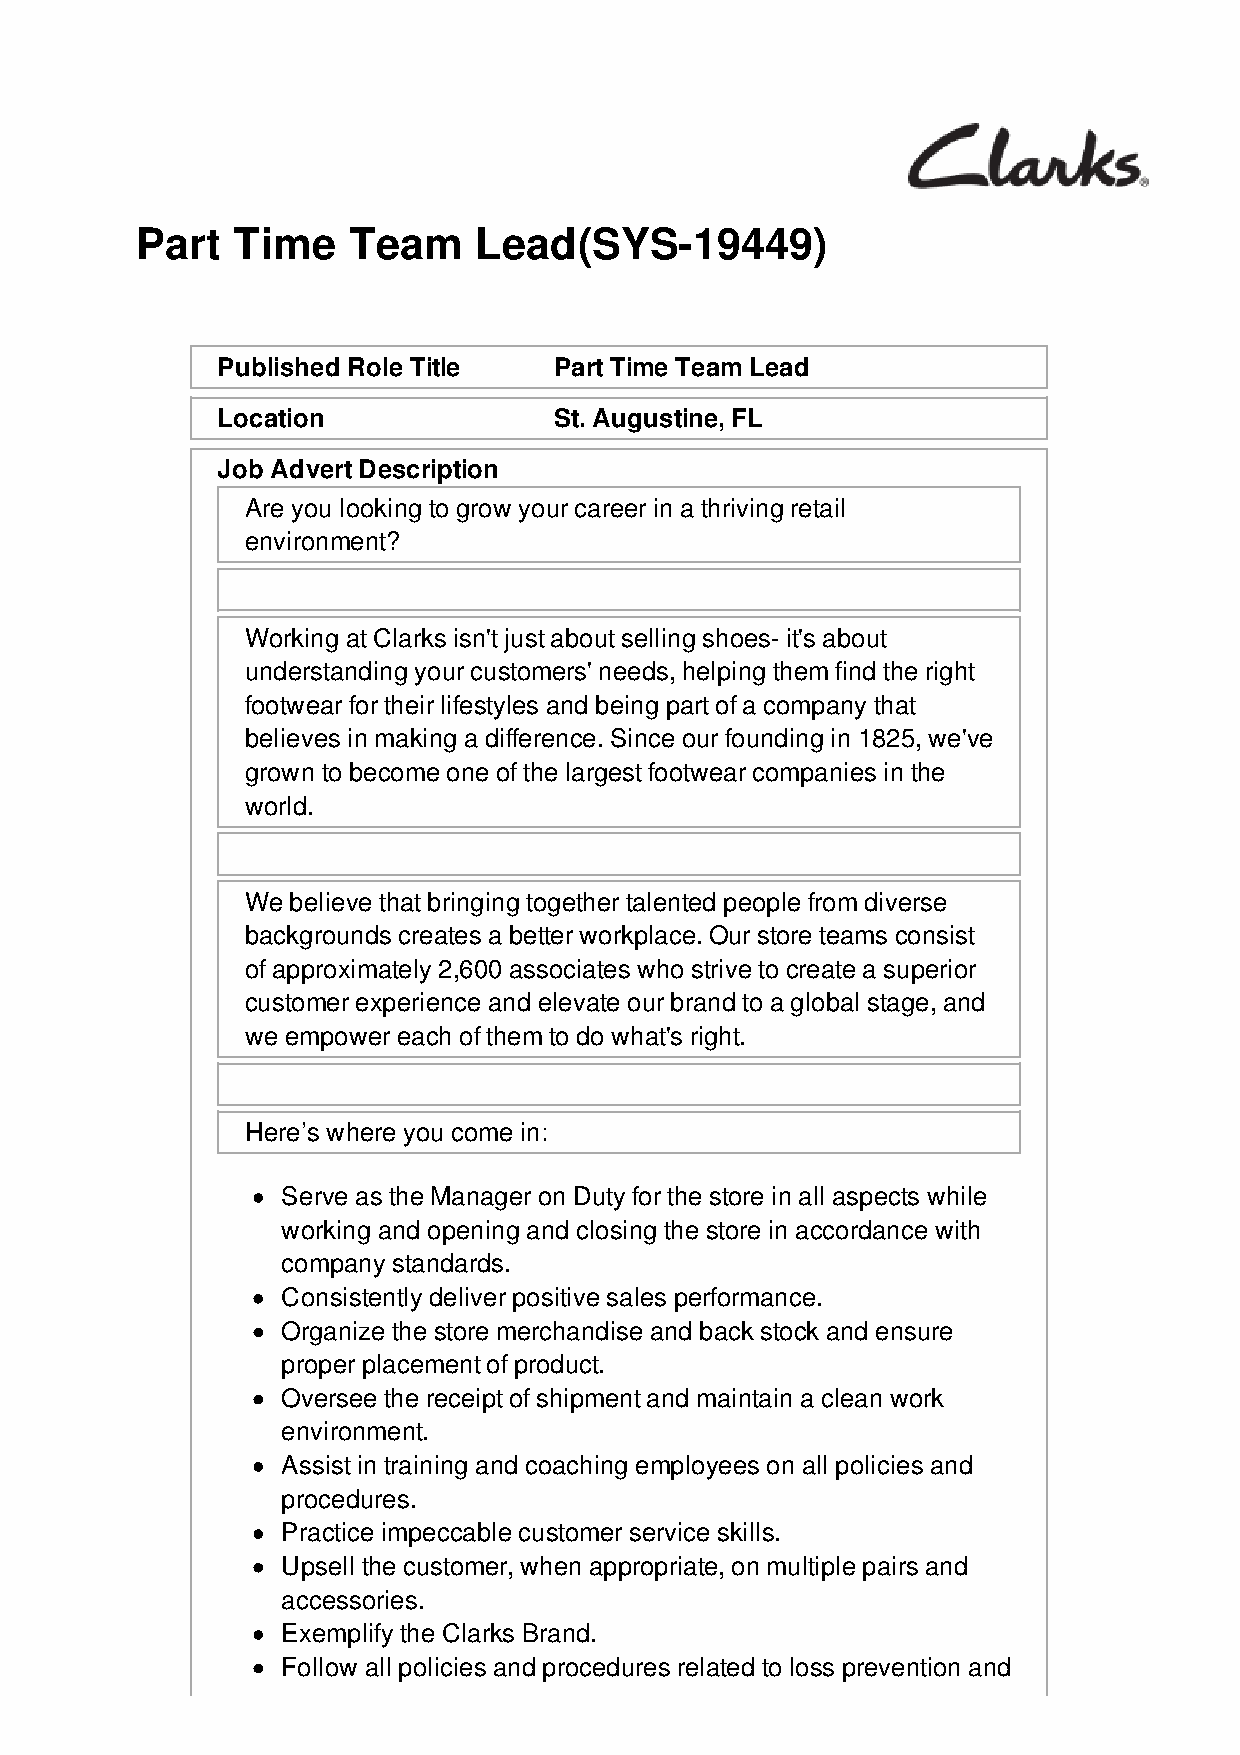
Part  Time    Team    Lead(SYS-19449)
 Published Role Title   Part Time Team Lead
 Location               St. Augustine, FL
 Job Advert Description
 Are you looking to grow your career in a thriving retail
 environment?
 Working at Clarks isn't just about selling shoes- it's about
 understanding your customers' needs, helping them find the right
 footwear for their lifestyles and being part of a company that
 believes in making a difference. Since our founding in 1825, we've
 grown to become one of the largest footwear companies in the
 world.
 We believe that bringing together talented people from diverse
 backgrounds creates a better workplace. Our store teams consist
 of approximately 2,600 associates who strive to create a superior
 customer experience and elevate our brand to a global stage, and
 we empower each of them to do what's right.
 Here’s where you come in:
 Serve as the Manager on Duty for the store in all aspects while
 working and opening and closing the store in accordance with
 company standards.
 Consistently deliver positive sales performance.
 Organize the store merchandise and back stock and ensure
 proper placement of product.
 Oversee the receipt of shipment and maintain a clean work
 environment.
 Assist in training and coaching employees on all policies and
 procedures.
 Practice impeccable customer service skills.
 Upsell the customer, when appropriate, on multiple pairs and
 accessories.
 Exemplify the Clarks Brand.
 Follow all policies and procedures related to loss prevention and